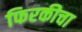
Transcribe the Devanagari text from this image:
फिरकीचा